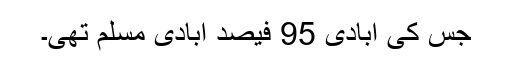
جس کی آبادی 95 فیصد آبادی مسلم تھی۔